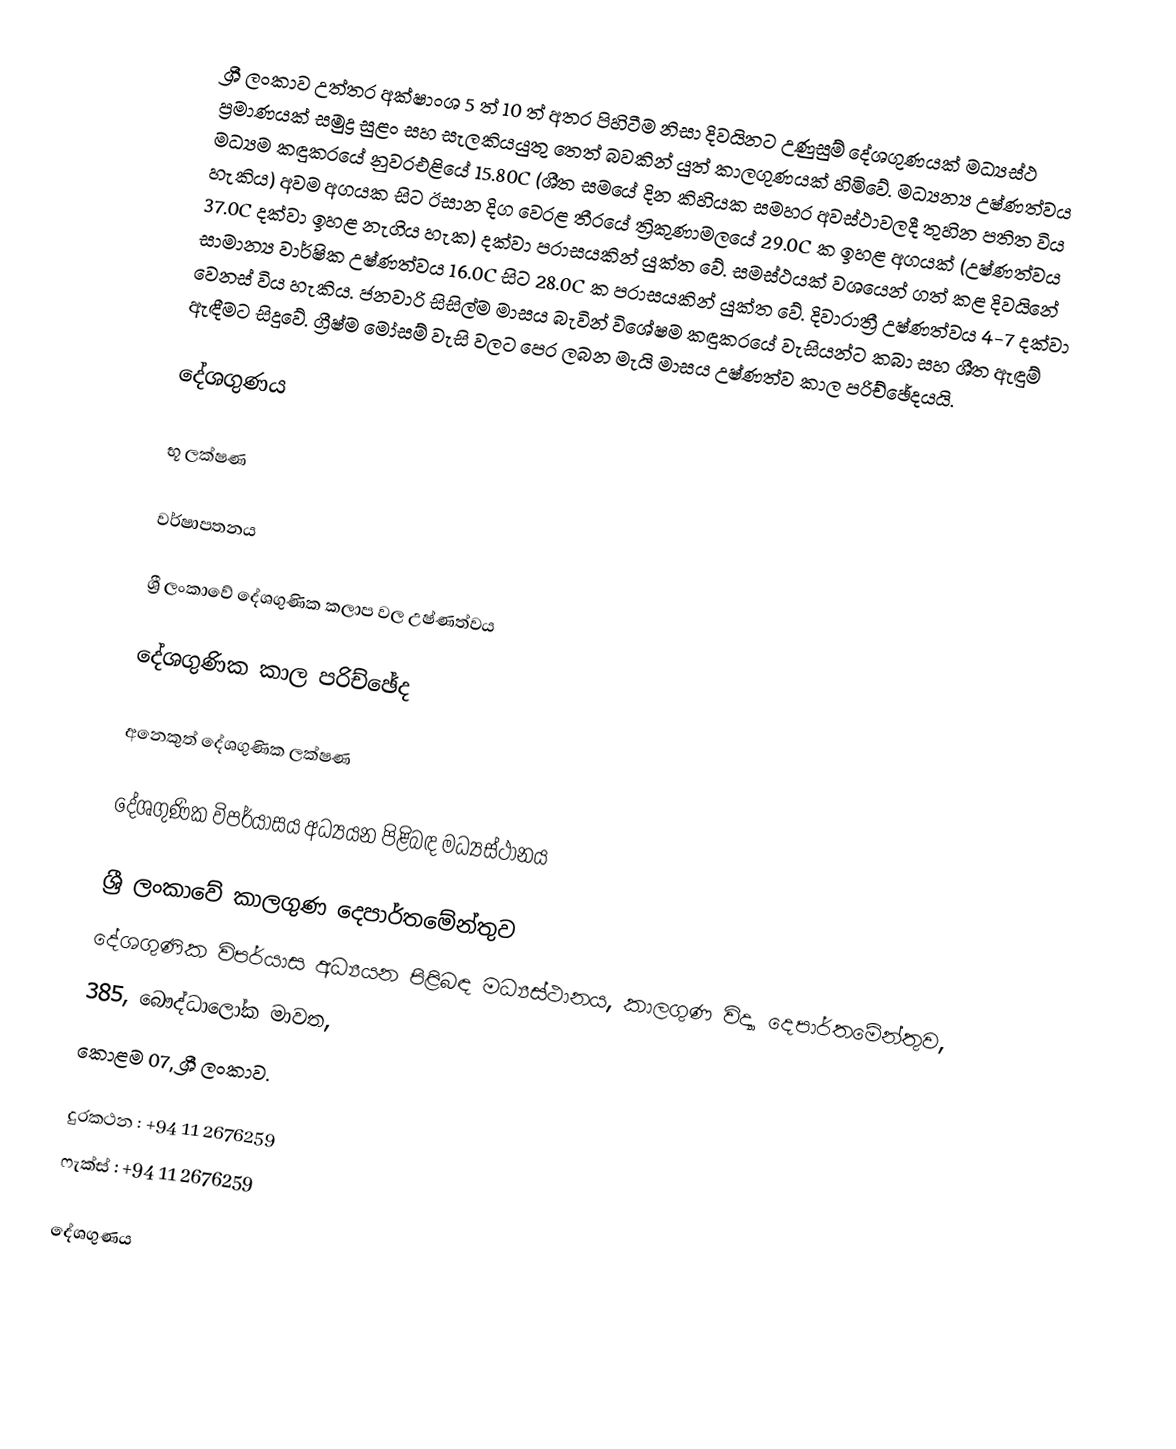
ශ්‍රී ලංකාව උත්තර අක්ෂාංශ 5 ත් 10 ත් අතර පිහිටීම නිසා දිවයිනට උණුසුම් දේශගුණයක් මධ්‍යස්ථ ප්‍රමාණයක් සමුද්‍ර සුළං සහ සැලකියයුතු  තෙත් බවකින් යුත් කාලගුණයක් හිමිවේ. මධ්‍යන්‍ය උෂ්ණත්වය මධ්‍යම කඳුකරයේ නුවරඑළියේ 15.80C (ශීත සමයේ දින කිහියක සමහර අවස්ථාවලදී තුහින පතිත විය හැකිය) අවම අගයක සිට ඊසාන දිග වෙරළ තීරයේ ත්‍රිකුණාමලයේ 29.0C ක ඉහළ අගයක් (උෂ්ණත්වය 37.0C  දක්වා ඉහළ නැගිය හැක) දක්වා පරාසයකින් යුක්ත වේ. සමස්ථයක් වශයෙන් ගත් කළ දිවයිනේ සාමාන්‍ය වාර්ෂික උෂ්ණත්වය 16.0C සිට 28.0C ක පරාසයකින් යුක්ත වේ. දිවාරාත්‍රී උෂ්ණත්වය 4-7 දක්වා වෙනස් විය හැකිය. ජනවාරි සිසිල්ම මාසය බැවින් විශේෂම කඳුකරයේ වැසියන්ට කබා සහ ශීත ඇඳුම් ඇඳීමට සිදුවේ. ග්‍රීෂ්ම මෝසම් වැසි වලට පෙර ලබන මැයි මාසය උෂ්ණත්ව කාල පරිච්ඡේදයයි.

දේශගුණය

භූ ලක්ෂණ

වර්ෂාපතනය

ශ්‍රී ලංකාවේ දේශගුණික කලාප වල උෂ්ණත්වය

දේශගුණික කාල පරිච්ඡේද

අනෙකුත් දේශගුණික ලක්ෂණ

දේශගුණික විපර්යාසය අධ්‍යයන පිළිබඳ මධ්‍යස්ථානය

ශ්‍රී ලංකාවේ කාලගුණ දෙපාර්තමේන්තුව
දේශගුණික විපර්යාස අධ්‍යයන පිළිබඳ මධ්‍යස්ථානය, කාලගුණ විද්‍යා දෙපාර්තමේන්තුව,
385, බෞද්ධාලෝක මාවත,
කොළම 07, ශ්‍රී ලංකාව.

දුරකථන : +94 11 2676259
ෆැක්ස් : +94 11 2676259

දේශගුණය